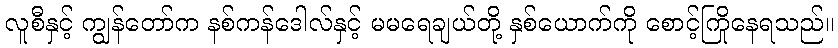
လူစီနှင့် ကျွန်တော်က နစ်ကန်ဒေါလ်နှင့် မမရေချယ်တို့ နှစ်ယောက်ကို စောင့်ကြိုနေရသည်။